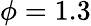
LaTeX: \phi=1.3